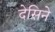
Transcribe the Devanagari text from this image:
देसिने